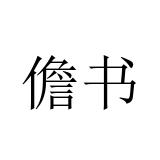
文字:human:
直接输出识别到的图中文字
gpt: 儋书